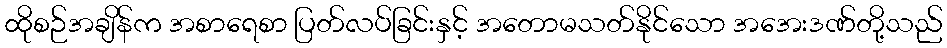
ထိုစဉ်အချိန်က အစာရေစာ ပြတ်လပ်ခြင်းနှင့် အတောမသတ်နိုင်သော အအေးဒဏ်တို့သည်